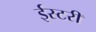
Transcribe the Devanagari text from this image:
ईस्टरी